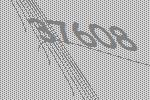
37608